system: You are a helpful assistant.
user:
Analyze the provided spectrum to determine if it is a **"Cataclysmic Variables (CV)"**.

- **Key Indicators for CV (Check for either state):**
    - **State 1: Quiescent / Low-State (Emission-Dominated)**
        - **(Primary):** Strong and *very broad* Hydrogen Balmer emission lines (e.g., $H\alpha$ at 6563 Å, $H\beta$ at 4861 Å). The 'broadness' (high velocity dispersion, often FWHM > 1000 km/s) is the key diagnostic, indicating a high-velocity accretion disk.
        - **(Secondary):** Broad neutral Helium (He I) emission lines (e.g., 5876 Å, 6678 Å).
        - **(Key Confirmation):** Presence of high-excitation *ionized* Helium (He II) emission at 4686 Å. This is a strong indicator of accretion onto a white dwarf.
        - **(Line Profile):** Emission lines may exhibit a 'double-peaked' profile, which is a classic signature of a rotating accretion disk viewed at high inclination.

    - **State 2: Outburst / High-State (Absorption-Dominated)**
        - **(Primary):** Spectrum is dominated by a bright, blue continuum (looks like a hot star).
        - **(Secondary):** The emission lines from State 1 are weak, absent, or 'filled in', and are replaced by broad, shallow *absorption* lines (primarily Balmer and He I).
        - **(Morphology):** The overall spectrum mimics a hot B/A-type star. The crucial difference is that the absorption lines are significantly broader, shallower, and more 'washed-out' (or 'smeared') than the sharp lines of a normal stellar photosphere, due to high rotational speeds and pressure broadening in the disk.

Think first, call **spectral_visualization_tool** if needed to examine features in detail, then provide your final answer. Your response must adhere to the following strict rules:
1.  **Overall Structure:** Your response must follow the format `<think>...</think> <tool_call>...</tool_call> (if a tool is used) <answer>...</answer>`.
2.  **Tool Usage Constraint:** You may only make **one** tool call per turn.
3.  **Final Answer Format:** In the `<answer>` tag, your conclusion must be inside a `\boxed{}` command (e.g., `\boxed{YES}`), followed by your justification.

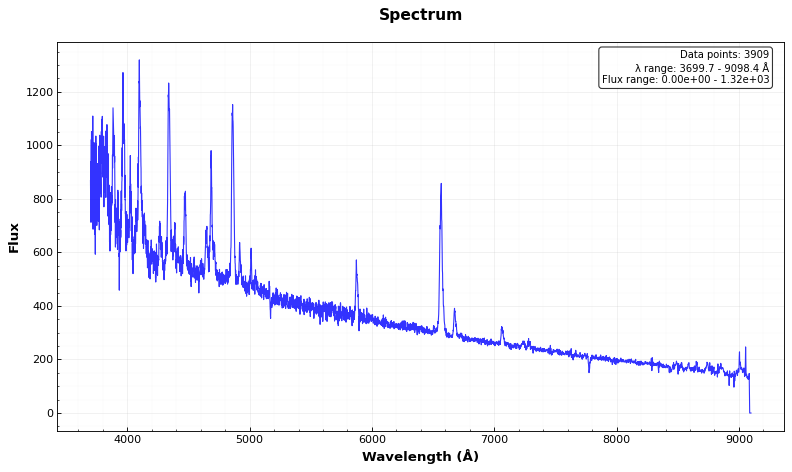
Answer: YES